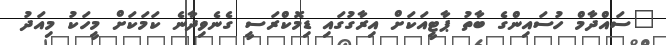
"ސައްދާމް ހުސައިންގެ ބާތު ޕާޓީއަކަށް އިރާގުގައި ޑިމޮކްރަސީ ގެނެވިދާނެ ކަމަކަށް މީހަކު މިއަދު